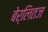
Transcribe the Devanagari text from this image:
बेर्लितज